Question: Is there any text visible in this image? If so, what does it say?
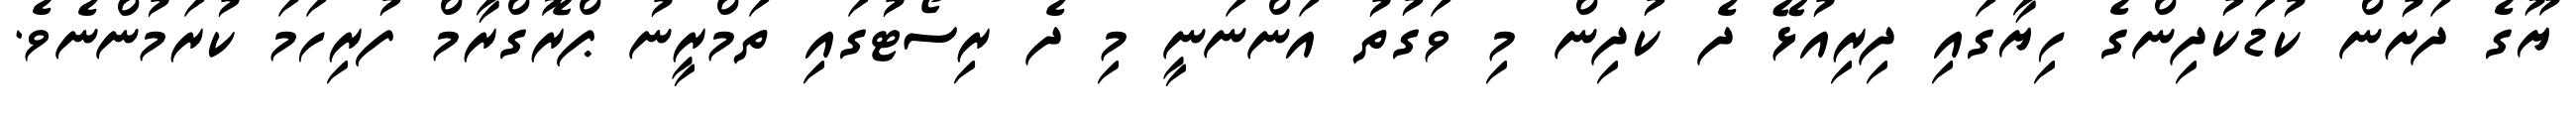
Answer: ޔޫގެ ދަށުން ކުޑަކުދިންގެ ހިޔާގައި ދިރިއުޅޭ ދެ ކުދިން މި ވަގުތު އަންނަނީ މި ދެ ރިސޯޓުގައި ތަމްރީނު ޕްރޮގްރާމް ފުރިހަމަ ކުރަމުންނެވެ.